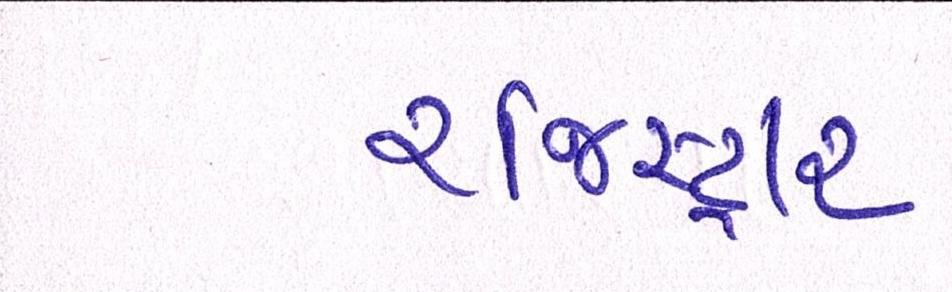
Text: રજિસ્ટ્રાર